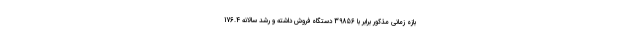
بازه زمانی مذکور برابر با 39856 دستگاه فروش داشته و رشد سالانه 176.4